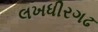
લખધીરગઢ